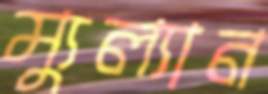
ম্যুল্যান